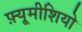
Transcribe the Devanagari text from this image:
फ़्यूमीशियो